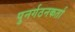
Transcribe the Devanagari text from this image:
पुनर्गठनकर्ता